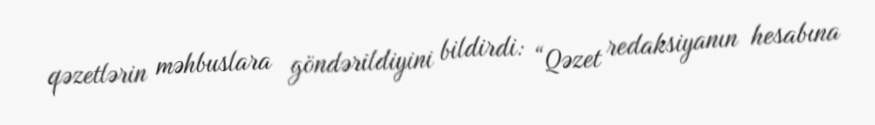
qəzetlərin məhbuslara göndərildiyini bildirdi: “Qəzet redaksiyanın hesabına